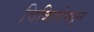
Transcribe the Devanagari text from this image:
चिकित्सेमधून